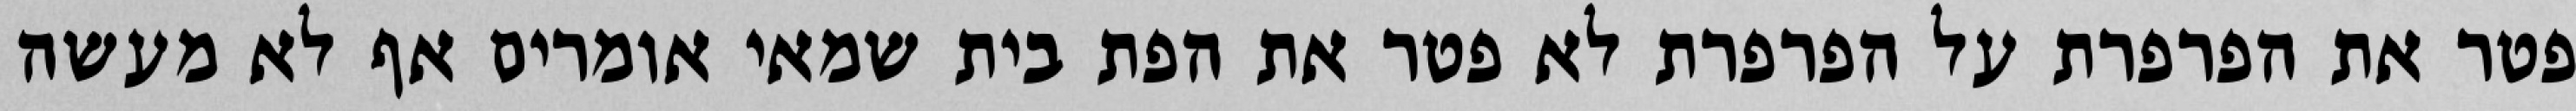
פטר את הפרפרת על הפרפרת לא פטר את הפת בית שמאי אומרים אף לא מעשה